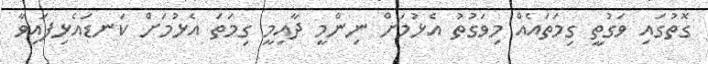
ގޮތުގައި ވަގުތީ ގިމަތައެއް މިވަގުތު އެޅުމަށް ނިންމީ ދާއިމީ ގިމަތަ އެޅުމަށް ކަނޑައެޅިފައިވާ